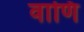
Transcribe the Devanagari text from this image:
वाणि